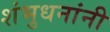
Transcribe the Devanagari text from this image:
शंभुधनांनी